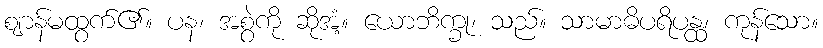
ဈာန်မထွက်၏။ ပန၊ အစွဲကို ဆိုအံ့။ ယောဘိက္ခု၊ သည်။ သာမာဓိပရိပန္ထ၊ ကုန်သော။